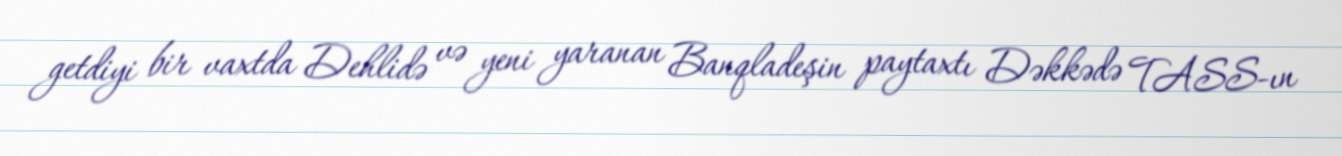
getdiyi bir vaxtda Dehlidə və yeni yaranan Banqladeşin paytaxtı Dəkkədə TASS-ın